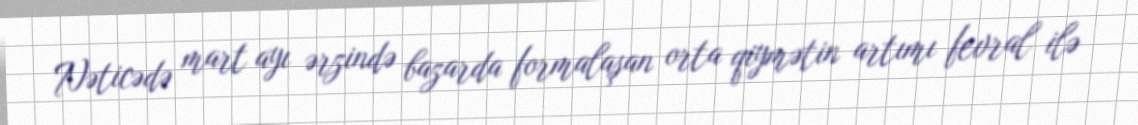
Nəticədə mart ayı ərzində bazarda formalaşan orta qiymətin artımı fevral ilə